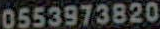
0553973820